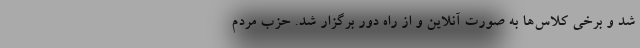
شد و برخی کلاس‌ها به صورت آنلاین و از راه دور برگزار شد. حزب مردم